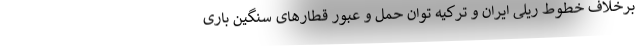
برخلاف خطوط ریلی ایران و ترکیه توان حمل و عبور قطارهای سنگین باری